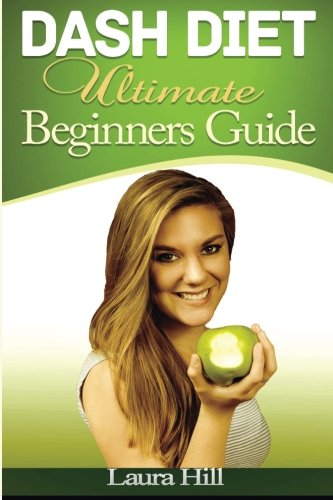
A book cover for DASH Diet Ultimate Beginners Guide:: 37 Quick and Easy DASH Diet Recipes to Help you Lose Weight Fast, Lower Blood Pressure and Feel Great!; Laura Hill; Cookbooks, Food & Wine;